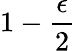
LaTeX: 1-{\frac{\epsilon}{2}}